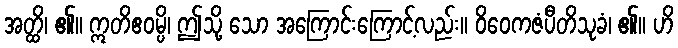
အတ္ထိ၊ ၏။ ဣတိဧဝမ္ပိ၊ ဤသို့ သော အကြောင်းကြောင့်လည်း။ ဝိဝေကဇံပီတိသုခံ၊ ၏။ ဟိ